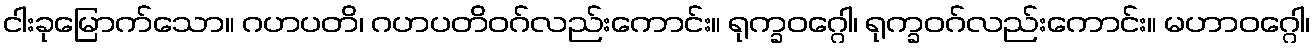
ငါးခုမြောက်သော။ ဂဟပတိ၊ ဂဟပတိဝဂ်လည်းကောင်း။ ရုက္ခဝဂ္ဂေါ၊ ရုက္ခဝဂ်လည်းကောင်း။ မဟာဝဂ္ဂေါ၊